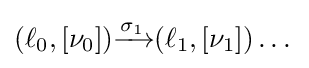
(\ell _{0},[\nu _{0}]){\xrightarrow {\sigma _{1}}}(\ell _{1},[\nu _{1}])\dots